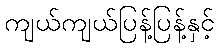
ကျယ်ကျယ်ပြန့်ပြန့်နှင့်